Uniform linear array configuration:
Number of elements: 64
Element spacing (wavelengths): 1
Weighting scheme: uniform
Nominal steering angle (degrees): -60
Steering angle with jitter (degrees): -58.775
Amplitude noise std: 0.05
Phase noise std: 0.05

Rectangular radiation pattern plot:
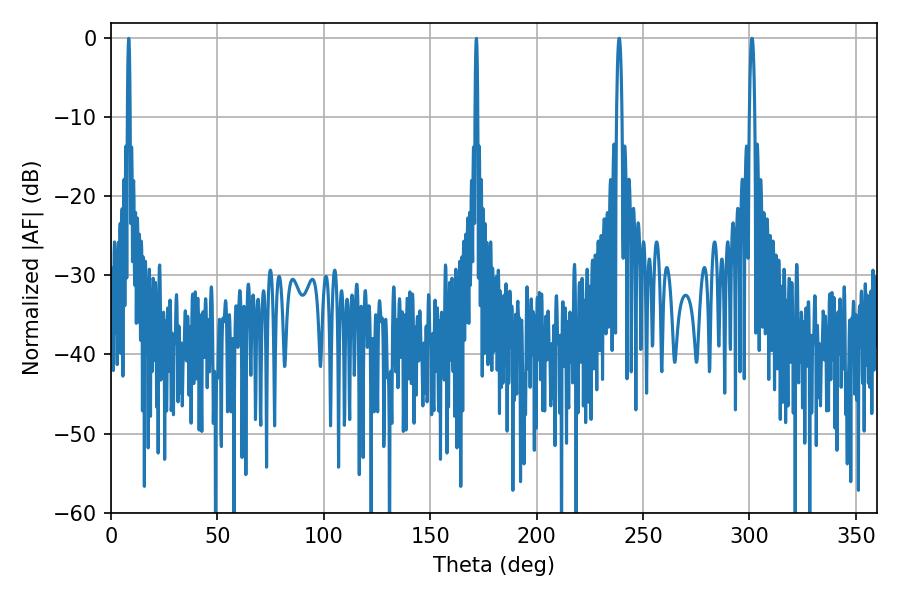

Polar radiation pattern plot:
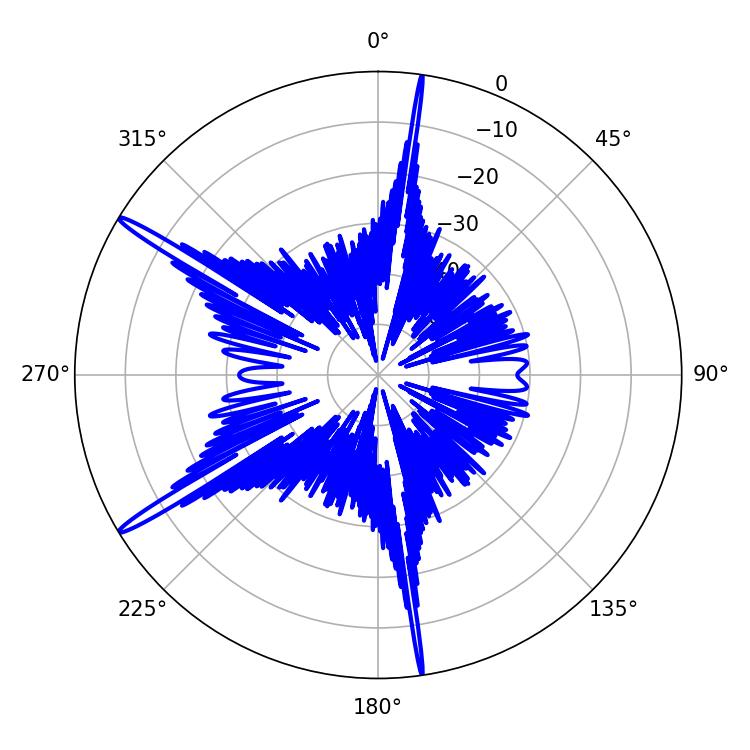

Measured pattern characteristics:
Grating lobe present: TRUE
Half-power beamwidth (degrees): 1.26
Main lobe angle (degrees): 238.86